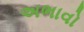
અભાવો